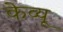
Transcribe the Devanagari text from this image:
केव्यू